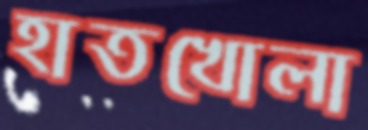
হাতখোলা